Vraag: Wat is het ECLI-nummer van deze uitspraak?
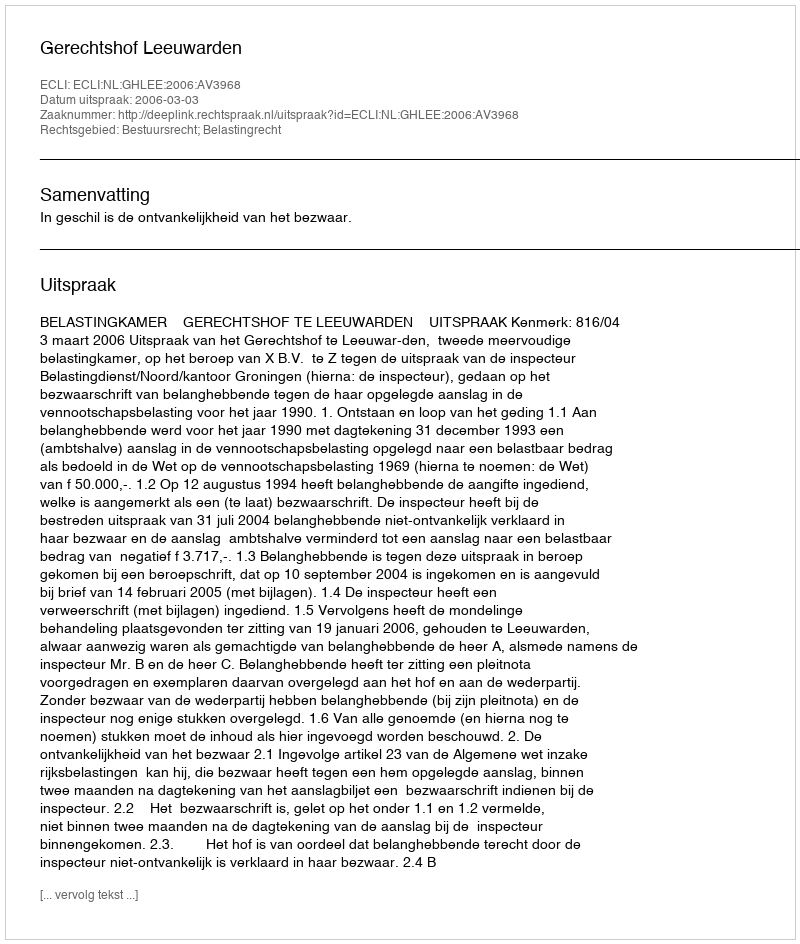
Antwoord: ECLI:NL:GHLEE:2006:AV3968